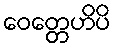
ဝေတ္တေဟိပိ